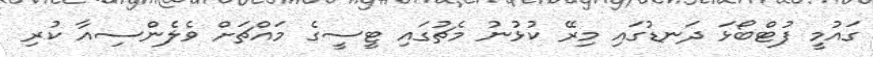
ގައުމީ ފުޓްބޯޅަ ދަނޑުގައި މިރޭ ކުޅުނު މެޗުގައި ޓީސީގެ މައްޗަށް ވެލެންސިއާ ކުރި